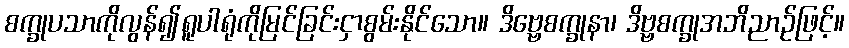
စက္ခုပသာကိုလွန်၍ရူပါရုံကိုမြင်ခြင်းငှာစွမ်းနိုင်သော။ ဒိဗ္ဗေစက္ခုနာ၊ ဒိဗ္ဗစက္ခုအဘိညာဉ်ဖြင့်။